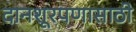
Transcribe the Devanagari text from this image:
दानशूरपणासाठी